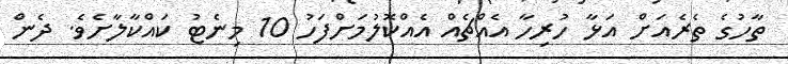
ތާހުގެ ތެރެއަށް އަޅާ ހުރިހާ އެއްޗެއް އެއްކޮލުމަށްފަހު 10 މިނެޓު ކައްކާލާށެވެ. ދެން